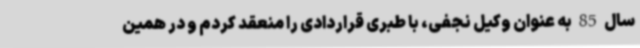
سال 85 به عنوان وکیل نجفی، با طبری قراردادی را منعقد کردم و در همین